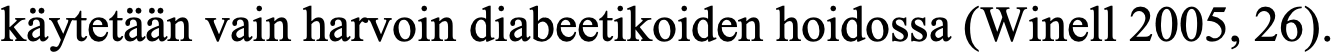
käytetään vain harvoin diabeetikoiden hoidossa (Winell 2005, 26).